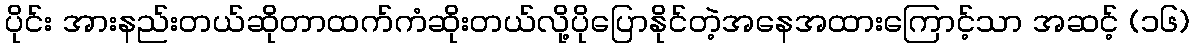
ပိုင်း အားနည်းတယ်ဆိုတာထက်ကံဆိုးတယ်လို့ပိုပြောနိုင်တဲ့အနေအထားကြောင့်သာ အဆင့် (၁၆)